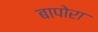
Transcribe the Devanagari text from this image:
बापोरा